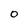
Character: 0